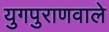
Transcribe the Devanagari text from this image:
युगपुराणवाले